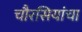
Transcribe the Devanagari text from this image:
चौरसियांचा